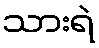
သားရဲ